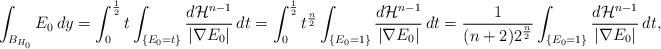
\begin{align*}\int_{B_{H_0}}E_0\,dy = \int_0^{\frac 12} t\int_{ \{E_0=t\}}\frac {d\mathcal H^{n-1}}{|\nabla E_0|}\, dt = \int_0^{\frac 12} t^{\frac n2}\int_{\{E_0=1\}}\frac {d\mathcal H^{n-1}}{|\nabla E_0|}\, dt = \frac 1{(n+2)2^{\frac n2}} \int_{ \{E_0=1\}}\frac {d\mathcal H^{n-1}}{|\nabla E_0|}\, dt,\end{align*}